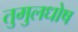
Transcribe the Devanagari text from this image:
तुमुलधोष